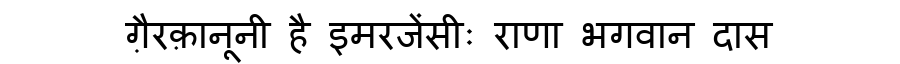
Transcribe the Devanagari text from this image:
ग़ैरक़ानूनी है इमरजेंसीः राणा भगवान दास